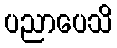
ပညာပေသိ